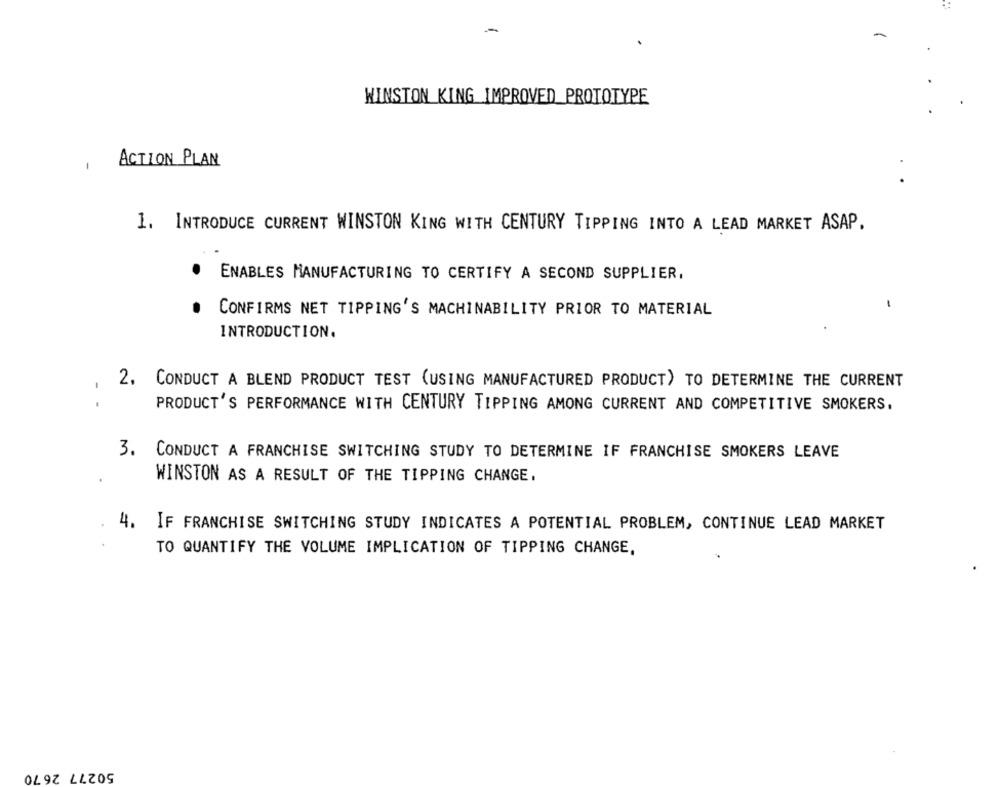
-
WINSTON KING IMPROVED PROTOTYPE
ACTION PLAN
1
1. INTRODUCE CURRENT WINSTON KING WITH CENTURY TIPPING INTO A LEAD MARKET ASAP.
ENABLES MANUFACTURING TO CERTIFY A SECOND SUPPLIER,
-
CONFIRMS NET TIPPING'S MACHINABILITY PRIOR TO MATERIAL
INTRODUCTION.
2. CONDUCT A BLEND PRODUCT TEST (USING MANUFACTURED PRODUCT) TO DETERMINE THE CURRENT
-
PRODUCT'S PERFORMANCE WITH CENTURY TIPPING AMONG CURRENT AND COMPETITIVE SMOKERS.
3. CONDUCT A FRANCHISE SWITCHING STUDY TO DETERMINE IF FRANCHISE SMOKERS LEAVE
WINSTON AS A RESULT OF THE TIPPING CHANGE.
4.
IF FRANCHISE SWITCHING STUDY INDICATES A POTENTIAL PROBLEM, CONTINUE LEAD MARKET
TO QUANTIFY THE VOLUME IMPLICATION OF TIPPING CHANGE,
50277 26 70